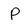
Character: P